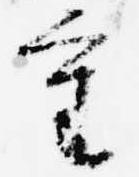
重